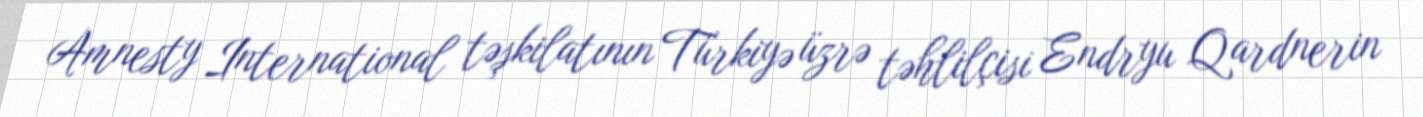
Amnesty International təşkilatının Türkiyə üzrə təhlilçisi Endryu Qardnerin